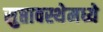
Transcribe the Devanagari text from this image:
सुप्तावस्थेमध्ये